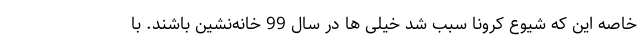
خاصه این که شیوع کرونا سبب شد خیلی ها در سال 99 خانه‌نشین باشند. با